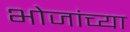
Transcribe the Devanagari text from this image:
भोजांच्या